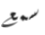
سمع